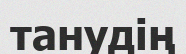
танудің